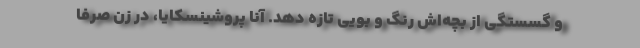
و گسستگی از بچه‌اش رنگ و بویی تازه دهد. آنا پروشینسکایا، در زن صرفاً